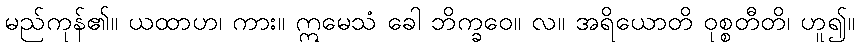
မည်ကုန်၏။ ယထာဟ၊ ကား။ ဣမေသံ ခေါ ဘိက္ခဝေ။ လ။ အရိယောတိ ဝုစ္စတီတိ၊ ဟူ၍။